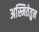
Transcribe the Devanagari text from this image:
अस्मितेतुन